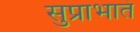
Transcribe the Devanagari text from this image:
सुप्राभातं